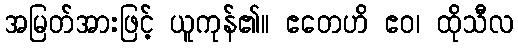
အမြတ်အားဖြင့် ယူကုန်၏။ ဧတေဟိ ဧဝ၊ ထိုသီလ